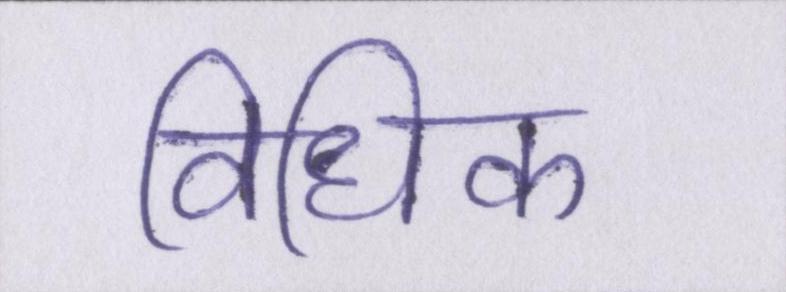
विधिक